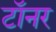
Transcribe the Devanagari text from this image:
टॉनर